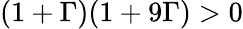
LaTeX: (1+\Gamma)(1+9\Gamma)>0